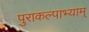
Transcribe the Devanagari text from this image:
पुराकल्पाभ्याम्